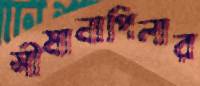
সীমানাপিলার